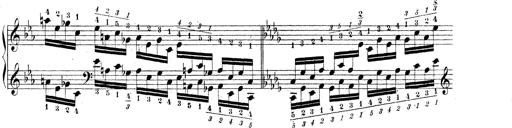
Title: Technische Studien
Composer: Franz Liszt